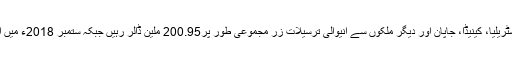
ستمبر 2019ء میں ملائشیا، ناروے، سوئٹزر لینڈ، آسٹریلیا، کینیڈا، جاپان اور دیگر ملکوں سے آنیوالی ترسیلات زر مجموعی طور پر200.95 ملین ڈالر رہیں جبکہ ستمبر 2018ء میں ان ملکوں سی185.31 ملین ڈالر موصول ہوئے تھے۔